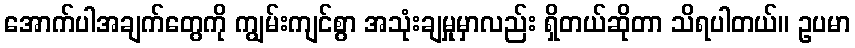
အောက်ပါအချက်တွေကို ကျွမ်းကျင်စွာ အသုံးချမှုမှာလည်း ရှိတယ်ဆိုတာ သိရပါတယ်။ ဥပမာ